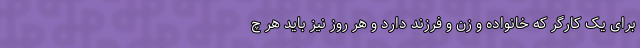
برای یک کارگر که خانواده و زن و فرزند دارد و هر روز نیز باید هر چ